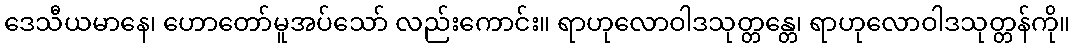
ဒေသီယမာနေ၊ ဟောတော်မူအပ်သော် လည်းကောင်း။ ရာဟုလောဝါဒသုတ္တန္တေ၊ ရာဟုလောဝါဒသုတ္တန်ကို။